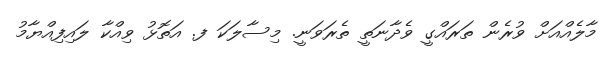
މާލެއްއަށް ވުރެން ތަރައްގީ ވެދާނަތީ ތެރަވަނީ. މިސާލަކަ ފ. އަތޮޅު ވިއްކާ ލައިފިއްޔާމު